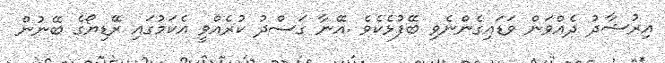
އިރުޝާދު ދެއްވަން ވަޑައިގެންނެވި ބޭފުޅެކެވެ .އޭނާ ގަސްދު ކުރެއްވީ އެކަމުގައި ރޭޑިޔޯގެ ބޭނުން